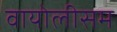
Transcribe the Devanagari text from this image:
वायोलीसम